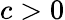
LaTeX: c>0